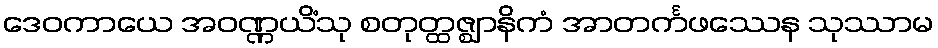
ဒေဝကာယေ အဝဏ္ဏယိံသု စတုတ္ထဇ္ဈာနိကံ အာတင်္ကဖဿေန သုဿာမ